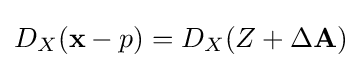
D_{X}(\mathbf {x} -p)=D_{X}(Z+\Delta \mathbf {A} )